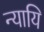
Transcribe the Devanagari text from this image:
न्यायि